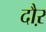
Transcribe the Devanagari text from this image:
दौऱ